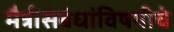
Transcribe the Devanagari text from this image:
मैत्रीसंबंधांविषयीचे